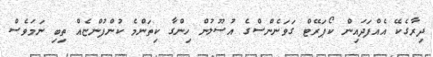
ދިރާގެކޭ އެއްފަދައިން ކޯޕަރޭޓް ގަވަނެންސްގެ އުސޫލުން ހިންގާ ކިތަންމެ ކުންފުންޏެއް ތިބި ނަމަވެސް